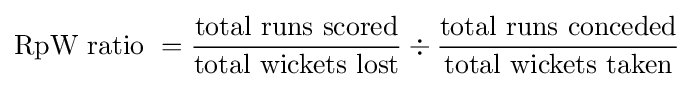
{\text{RpW ratio }}={\frac {\text{total runs scored}}{\text{total wickets lost}}}\div {\frac {\text{total runs conceded}}{\text{total wickets taken}}}